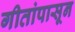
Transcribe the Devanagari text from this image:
गीतांपासून